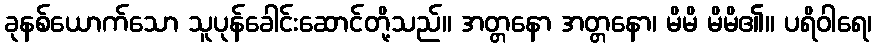
ခုနစ်ယောက်သော သူပုန်ခေါင်းဆောင်တို့သည်။ အတ္တနော အတ္တနော၊ မိမိ မိမိ၏။ ပရိဝါရေ၊